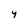
Character: y